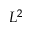
L ^ { 2 }